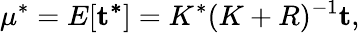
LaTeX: \mathbf{\mu}^{*}=E[\mathbf{t^{*}}]=K^{*}(K+R)^{-1}\mathbf{t},